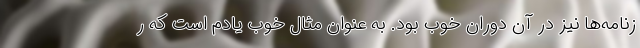
زنامه‌ها نیز در آن دوران خوب بود. به عنوان مثال خوب یادم است که ر